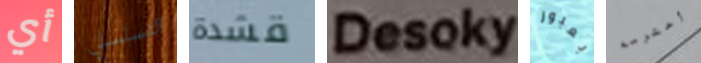
أي التسلسلي قشدة Desoky بعبور أحترمه